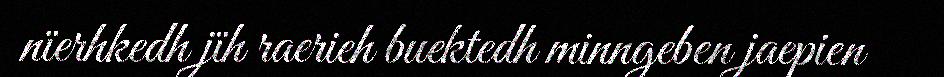
nïerhkedh jïh raerieh buektedh minngeben jaepien